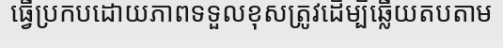
ធ្វើប្រកបដោយភាពទទួលខុសត្រូវដើម្បីឆ្លើយតបតាម